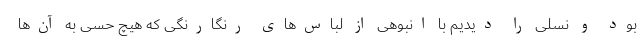
بود و نسلی را دیدیم با انبوهی از لباس‌های رنگارنگی که هیچ حسی به آن‌ها